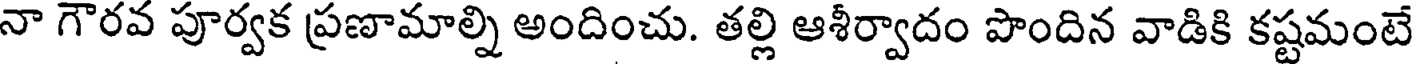
నా గౌరవ పూర్వక ప్రణామాల్ని అందించు. తల్లి ఆశీర్వాదం పొందిన వాడికి కష్టమంటే